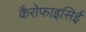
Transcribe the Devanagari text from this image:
कैरोफाइसिई